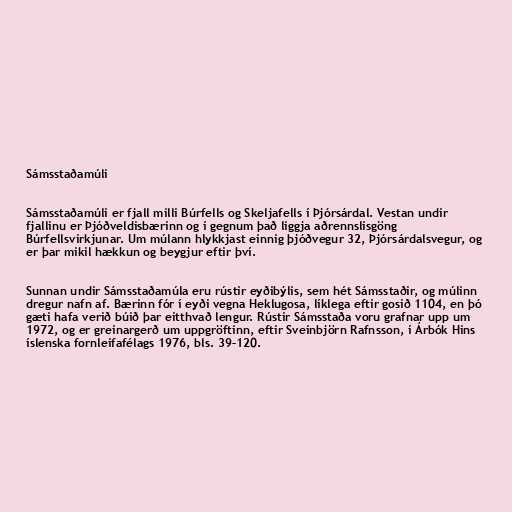
Sámsstaðamúli

Sámsstaðamúli er fjall milli Búrfells og Skeljafells í Þjórsárdal. Vestan undir
fjallinu er Þjóðveldisbærinn og í gegnum það liggja aðrennslisgöng
Búrfellsvirkjunar. Um múlann hlykkjast einnig þjóðvegur 32, Þjórsárdalsvegur, og
er þar mikil hækkun og beygjur eftir því.

Sunnan undir Sámsstaðamúla eru rústir eyðibýlis, sem hét Sámsstaðir, og múlinn
dregur nafn af. Bærinn fór í eyði vegna Heklugosa, líklega eftir gosið 1104, en þó
gæti hafa verið búið þar eitthvað lengur. Rústir Sámsstaða voru grafnar upp um
1972, og er greinargerð um uppgröftinn, eftir Sveinbjörn Rafnsson, í Árbók Hins
íslenska fornleifafélags 1976, bls. 39–120.